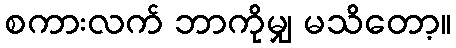
စကားလက် ဘာကိုမျှ မသိတော့။